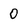
Character: 0